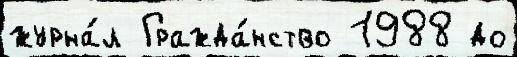
журна́л Гражда́нство 1988 до